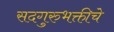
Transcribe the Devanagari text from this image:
सदगुरुभक्तीचे